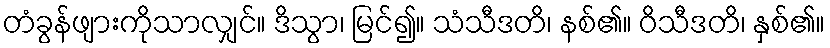
တံခွန်ဖျားကိုသာလျှင်။ ဒိသွာ၊ မြင်၍။ သံသီဒတိ၊ နစ်၏။ ဝိသီဒတိ၊ နှစ်၏။